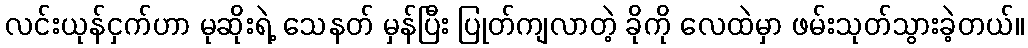
လင်းယုန်ငှက်ဟာ မုဆိုးရဲ့ သေနတ် မှန်ပြီး ပြုတ်ကျလာတဲ့ ခိုကို လေထဲမှာ ဖမ်းသုတ်သွားခဲ့တယ်။